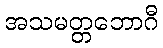
အသမတ္တဘောဂီ